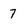
Character: 7